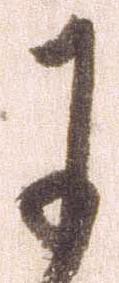
于